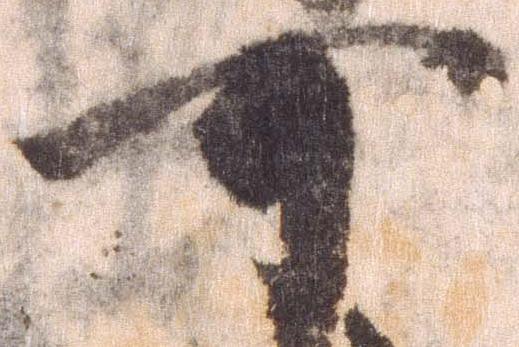
可